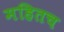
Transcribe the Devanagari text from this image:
महितच